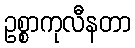
ဥစ္စာကုလီနတာ